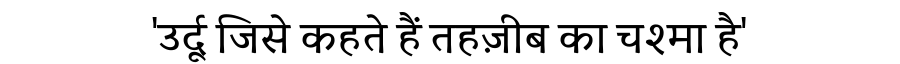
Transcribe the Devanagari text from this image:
'उर्दू जिसे कहते हैं तहज़ीब का चश्मा है'